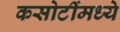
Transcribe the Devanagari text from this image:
कसोटींमध्ये